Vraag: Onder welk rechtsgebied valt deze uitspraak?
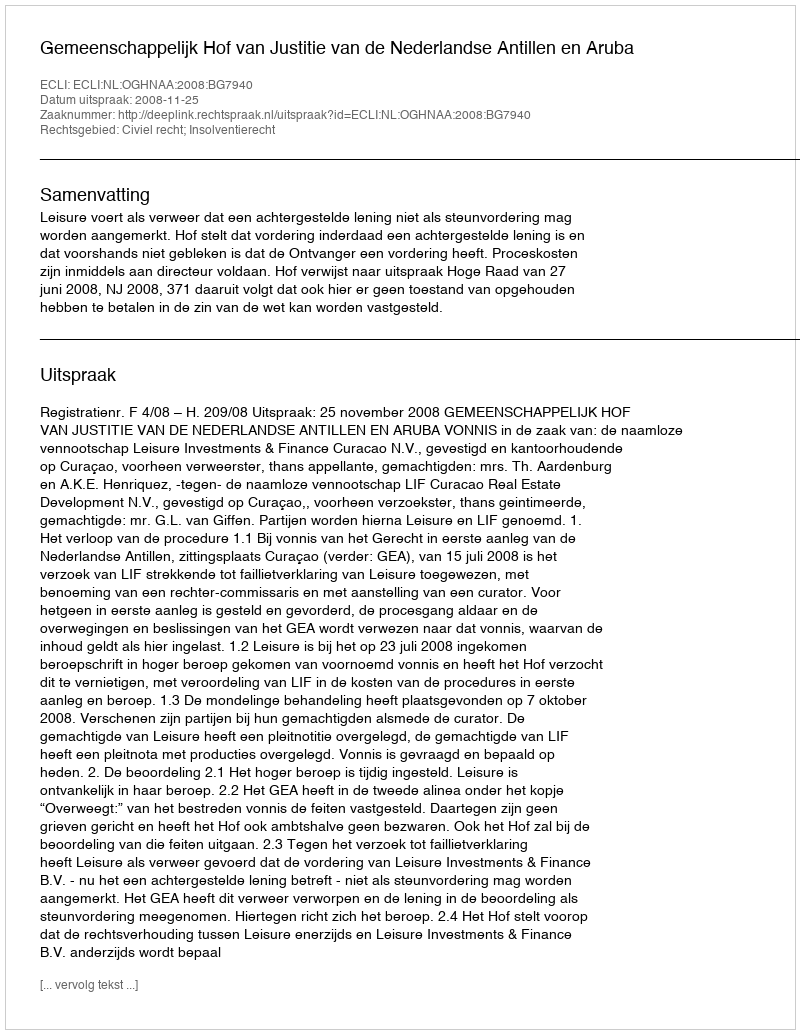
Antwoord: Civiel recht; Insolventierecht